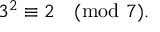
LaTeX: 3 ^ { 2 } \equiv 2 { \pmod { 7 } } .